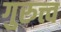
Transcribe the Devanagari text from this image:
गुरुत्त्व